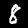
Digit: 8